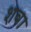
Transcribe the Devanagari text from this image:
शवा